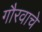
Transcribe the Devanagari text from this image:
गौरवाचे